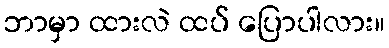
ဘာမှာ ထားလဲ ထပ် ပြောပါလား။